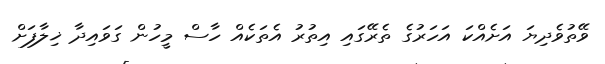
ވޭތުވެދިޔަ އަށެއްކަ އަހަރުގެ ތެރޭގައި އިތުރު އެތަކެއް ހާސް މީހުން ގަވައިދާ ޚިލާފަށް